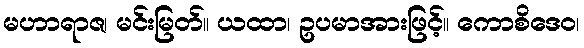
မဟာရာဇ၊ မင်းမြတ်။ ယထာ၊ ဥပမာအားဖြင့်။ ကောစိဒေဝ၊